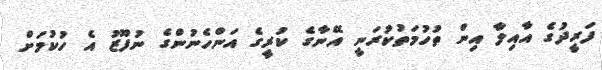
ފަރީދުގެ އާއިލާ އިން ތުހުމަތުކުރަނީ އޭނާގެ ކުރީގެ އަންހެނުންގެ ނުފޫޒު އެ ހުކުމަށް